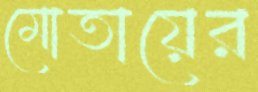
মোতায়ের